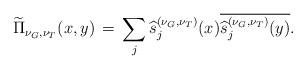
LaTeX: \begin{align*}\widetilde{\Pi}_{\nu_{G},\nu_{T}}(x,y)\,=\,\sum_{j}\widehat{s}_{j}^{(\nu_{G},\nu_{T})}(x)\overline{\widehat{s}_{j}^{(\nu_{G},\nu_{T})}(y)}. \end{align*}